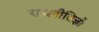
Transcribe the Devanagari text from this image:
राजनीतिज्ञो